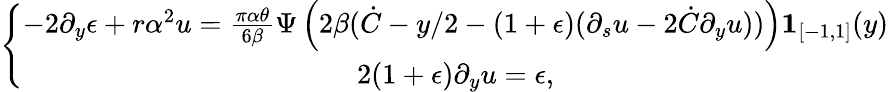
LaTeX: \left\lbrace\begin{array}{c}{-2\partial_{y}\epsilon+r\alpha^{2}u=\frac{\pi\alpha\theta}{6\beta}\Psi\left(2\beta(\dot{C}-y/2-(1+\epsilon)(\partial_{s}u-2\dot{C}\partial_{y}u))\right)\mathbf{1}_{[-1,1]}(y)}\\ {2(1+\epsilon)\partial_{y}u=\epsilon,}\end{array}\right.